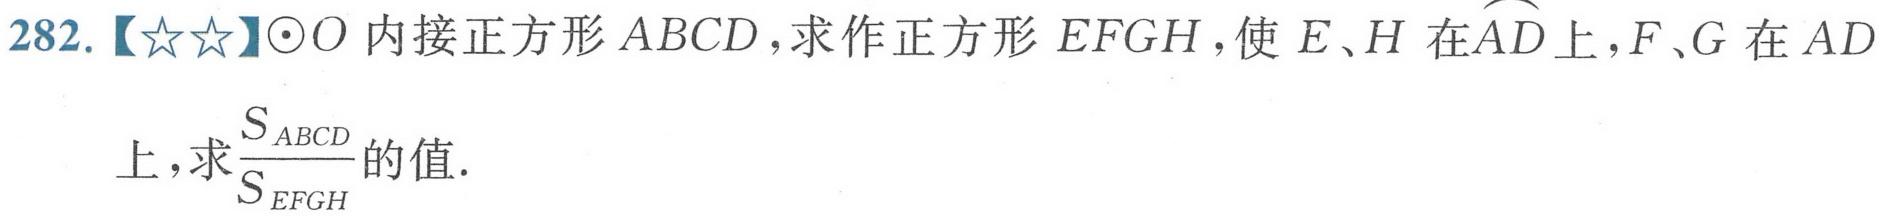
282.【★★】$\odot O$内接正方形$ABCD$，求作正方形$EFGH$，使$E、H$在$\overset{\frown}{AD}$上，$F、G$在$AD$上，求$\frac{S_{ABCD}}{S_{EFGH}}$的值.